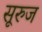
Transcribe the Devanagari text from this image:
सूरुज